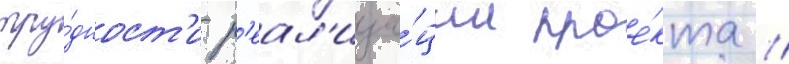
тру́дност'и р'еал'иза́ции прое́кта //